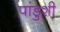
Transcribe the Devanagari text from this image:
पांडुशी